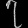
Digit: ၇